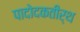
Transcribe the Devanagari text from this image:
पादोदकतीर्थ